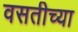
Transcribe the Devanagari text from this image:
वसतीच्या